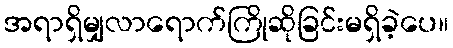
အရာရှိမျှလာရောက်ကြိုဆိုခြင်းမရှိခဲ့ပေ။